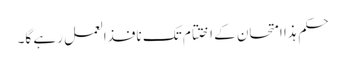
حکم ہذا امتحان کے اختتام تک نافذالعمل رہے گا۔